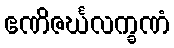
ဧဏိဇင်္ဃလက္ခဏံ